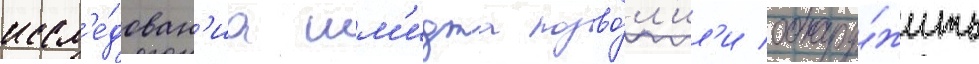
иссл'е́дован'иа шм'идта позво́л'ил'и обнару́жить